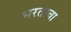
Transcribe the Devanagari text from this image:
भरताचा